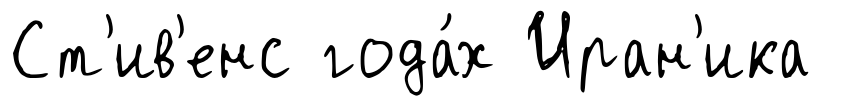
Ст'ив'енс года́х Иран'ика